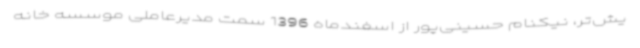
یش‌تر، نیکنام حسینی‌پور از اسفندماه 1396 سمت مدیرعاملی موسسه خانه